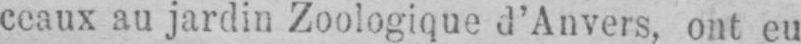
ceaux au jardin Zoologique d’Anvers, ont eu